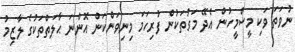
ނުވަތަ ވަކި މީސްމީހުން އެދޭ މަގުތަކުން ފުރިހަމަ މިނިވަންކަން އޮންނަ ޙާލަތްތަކުގެ ލާޒިމު